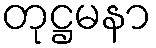
တုဋ္ဌမနာ